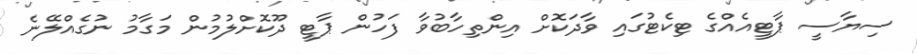
ސިޔާސީ ޕާޓީއެއްގެ ޓިކެޓުގައި ވާދަކޮށް އިންތިހާބުވާ ފަހުން ޕާޓީ ދޫކޮށްލުމުން މަގާމު ނުގެއްލޭނެ